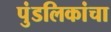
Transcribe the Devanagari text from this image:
पुंडलिकांचा